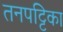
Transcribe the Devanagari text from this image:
तनपट्टिका